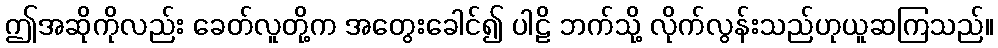
ဤအဆိုကိုလည်း ခေတ်လူတို့က အတွေးခေါင်၍ ပါဠိ ဘက်သို့ လိုက်လွန်းသည်ဟုယူဆကြသည်။